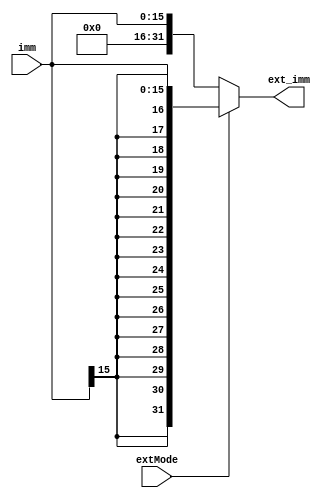
`timescale 1ns / 1ps
//////////////////////////////////////////////////////////////////////////////////
// Company: 
// Engineer: 
// 
// Design Name: 
// Module Name:    EXT 
// Project Name: 
// Target Devices: 
// Tool versions: 
// Description: 
//
// Dependencies: 
//
// Revision: 
// Revision 0.01 - File Created
// Additional Comments: 
//
//////////////////////////////////////////////////////////////////////////////////
module EXT(
    input [15:0] imm,
    input extMode,
    output [31:0] ext_imm
    );

    assign ext_imm = extMode ? {{16{imm[15]}}, imm} : {{16{1'b0}}, imm};


endmodule